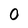
Character: 0